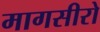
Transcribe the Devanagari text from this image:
मागसीरो